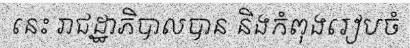
នេះ រាជដ្ឋាភិបាលបាន និងកំពុងរៀបចំ